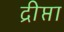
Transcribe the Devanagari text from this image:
द्रीप्ता